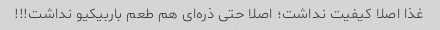
غذا اصلا کیفیت نداشت؛ اصلا حتی ذره‌ای هم طعم باربیکیو نداشت!!!